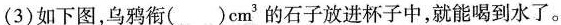
(3)如下图，乌鸦衔()cm^{3}的石子放进杯子中，就能喝到水了。